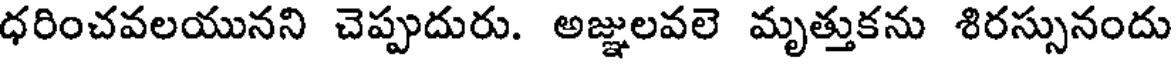
ధరించవలయునని చెప్పుదురు. అజ్ఞులవలె మృత్తుకను శిరస్సునందు